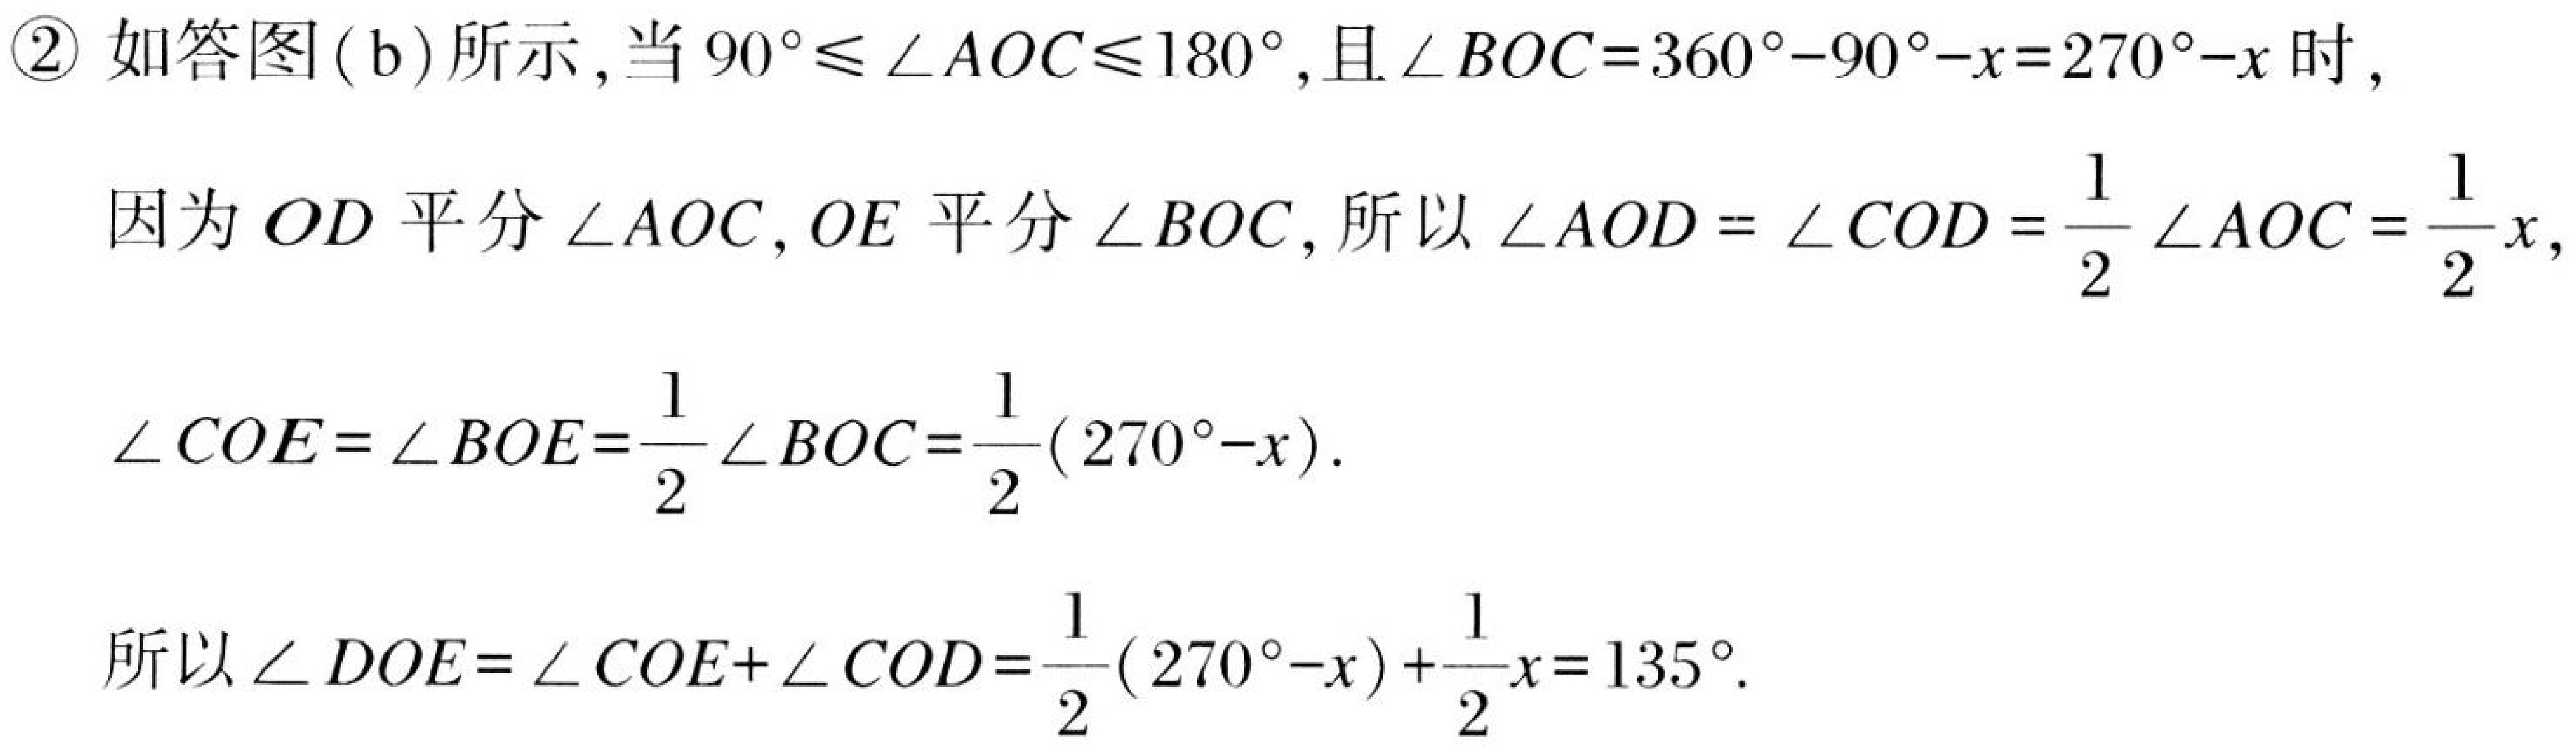
\textcircled{2} 如答图(b)所示,当\(90^{\circ}\leq\angle AOC\leq180^{\circ}\),且\(\angle BOC = 360^{\circ}-90^{\circ}-x = 270^{\circ}-x\)时,
因为\(OD\)平分\(\angle AOC\), \(OE\)平分\(\angle BOC\),所以\(\angle AOD=\angle COD=\frac{1}{2}\angle AOC=\frac{1}{2}x\),
\(\angle COE=\angle BOE=\frac{1}{2}\angle BOC=\frac{1}{2}(270^{\circ}-x)\).

所以\(\angle DOE=\angle COE + \angle COD=\frac{1}{2}(270^{\circ}-x)+\frac{1}{2}x = 135^{\circ}\).